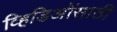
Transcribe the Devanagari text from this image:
व्हिडिओंसाठी